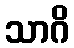
သာဂိ